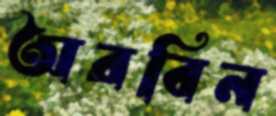
অরবিন